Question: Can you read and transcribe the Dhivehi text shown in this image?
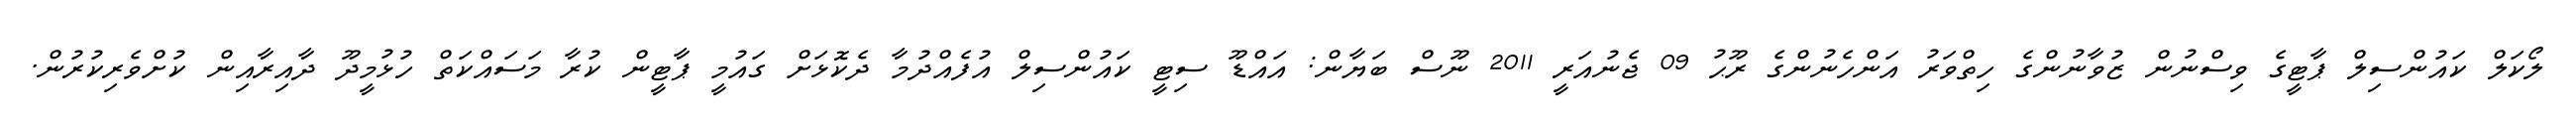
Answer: ލޯކަލް ކައުންސިލް ޕާޓީގެ ވިސްނުން ޒުވާނުންގެ ހިތްވަރު އަންހެނުންގެ ރޫޙު 09 ޖެނުއަރީ 2011 ނޫސް ބަޔާން: އައްޑޫ ސިޓީ ކައުންސިލް އުފެއްދުމާ ދެކޮޅަށް ގައުމީ ޕާޓީން ކުރާ މަސައްކަތް ހުޅުމީދޫ ދާއިރާއިން ކުށްވެރިކުރުން.